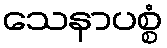
သေနာပစ္စံ